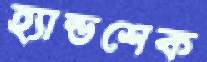
হ্যান্ডশেক